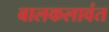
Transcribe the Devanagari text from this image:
बालकलावंत